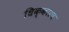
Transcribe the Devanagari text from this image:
धिक्कारच